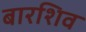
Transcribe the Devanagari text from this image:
बारशिव